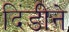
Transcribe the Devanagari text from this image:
दिंडीने